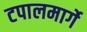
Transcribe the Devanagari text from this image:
टपालमार्गे